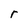
Character: r